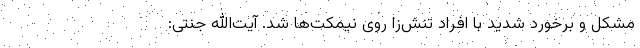
مشکل و برخورد شدید با افراد تنش‌زا روی نیمکت‌ها شد. آیت‌الله جنتی: